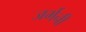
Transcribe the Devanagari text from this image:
जर्मनी